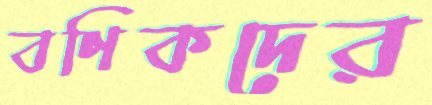
বণিকদের